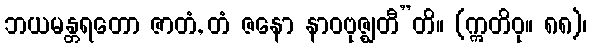
ဘယမန္တရတော ဇာတံ, တံ ဇနော နာဝဗုဇ္ဈတီ”တိ။ (ဣတိဝု။ ၈၈)၊